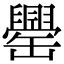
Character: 𦉝